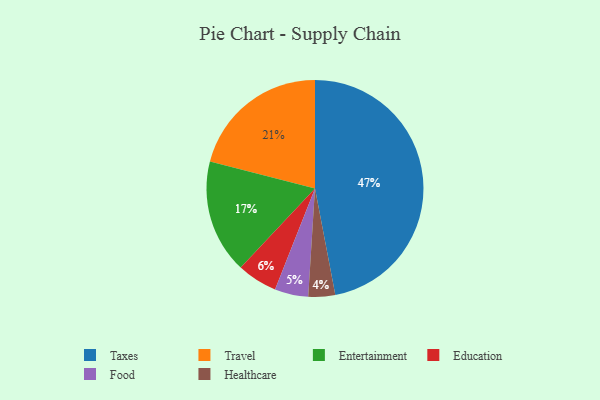
{"axis": {"x": "Category", "y": "Percentage"}, "legend": ["Education", "Entertainment", "Food", "Healthcare", "Taxes", "Travel"], "data": [{"x": "Healthcare", "y": 4, "type": "Healthcare"}, {"x": "Taxes", "y": 47, "type": "Taxes"}, {"x": "Education", "y": 6, "type": "Education"}, {"x": "Travel", "y": 21, "type": "Travel"}, {"x": "Food", "y": 5, "type": "Food"}, {"x": "Entertainment", "y": 17, "type": "Entertainment"}]}